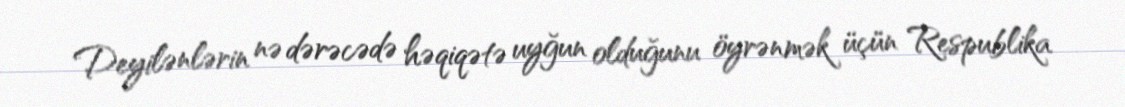
Deyilənlərin nə dərəcədə həqiqətə uyğun olduğunu öyrənmək üçün Respublika